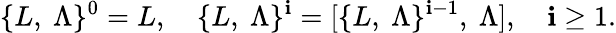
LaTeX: \{ L,\ \Lambda\} ^{0}=L,\quad\{ L,\ \Lambda\} ^{\mathbf{i}}=[\{ L,\ \Lambda\} ^{\mathbf{i}-1},\ \Lambda],\quad\mathbf{i}\ge1.